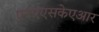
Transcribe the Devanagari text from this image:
एनएएसकेएआर